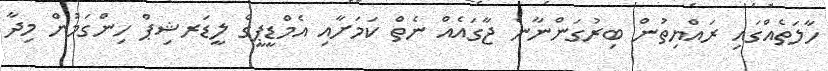
ހާލަތެއްގައި ރައްޔިތުން ބިރުގަންނާނެ ޖާގައެއް ނެތް ކަމަށާއި އެމްޑީޕީގެ ލީޑަރޝިޕް ހިންގަމުން މިދާ